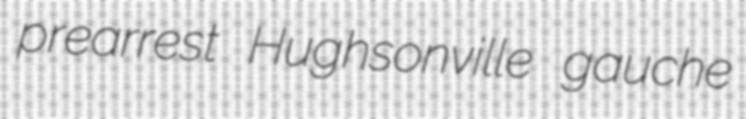
prearrest Hughsonville gauche